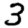
Digit: 3